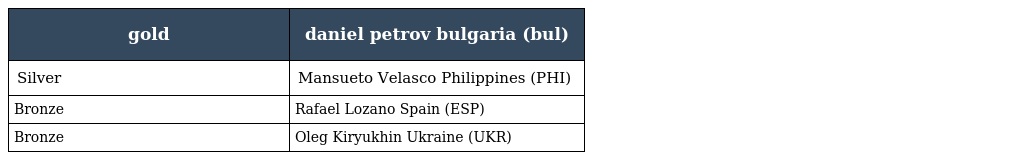
| gold | daniel petrov bulgaria (bul) |
 | --- | --- |
 | Silver | Mansueto Velasco Philippines (PHI) |
 | Bronze | Rafael Lozano Spain (ESP) |
 | Bronze | Oleg Kiryukhin Ukraine (UKR) |